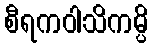
စီရကဝါသိကမ္ပိ